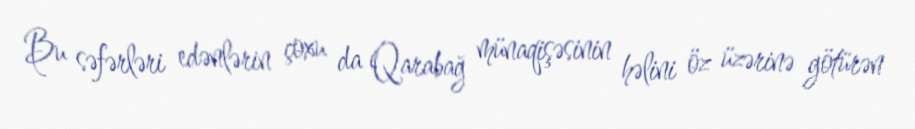
Bu səfərləri edənlərin çoxu da Qarabağ münaqişəsinin həlini öz üzərinə götürən